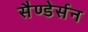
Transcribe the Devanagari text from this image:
सैण्डेर्सन